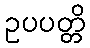
ဥပပတ္တိ